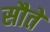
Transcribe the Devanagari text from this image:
सौते